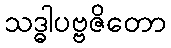
သဒ္ဓါပဗ္ဗဇိတော